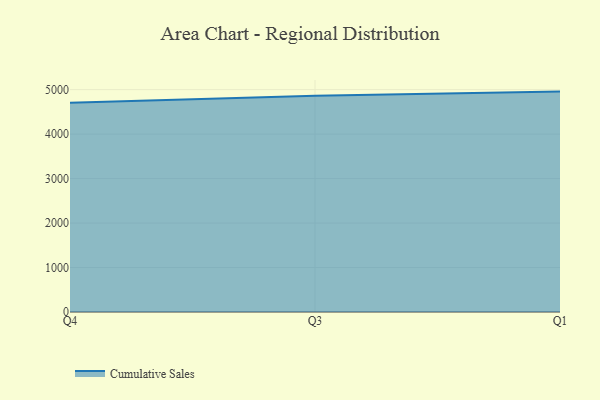
{"axis": {"x": "Quarter", "y": "Population (Million)"}, "legend": ["Cumulative Sales"], "data": [{"x": "Q4", "y": 4706.4, "type": "Cumulative Sales"}, {"x": "Q3", "y": 4862.3, "type": "Cumulative Sales"}, {"x": "Q1", "y": 4956.0, "type": "Cumulative Sales"}]}